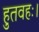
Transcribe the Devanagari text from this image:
हुतवहः।